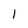
Character: l